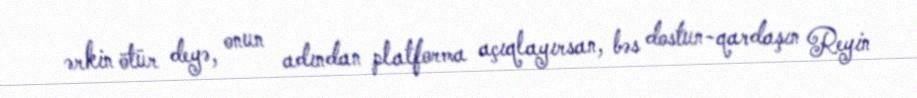
ərkin ötür deyə, onun adından platforma açıqlayırsan, bəs dostun-qardaşın Reyin